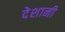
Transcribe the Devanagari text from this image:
देशानी